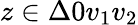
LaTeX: {z\in\Delta 0v_{1}v_{2}}